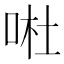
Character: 𠴗